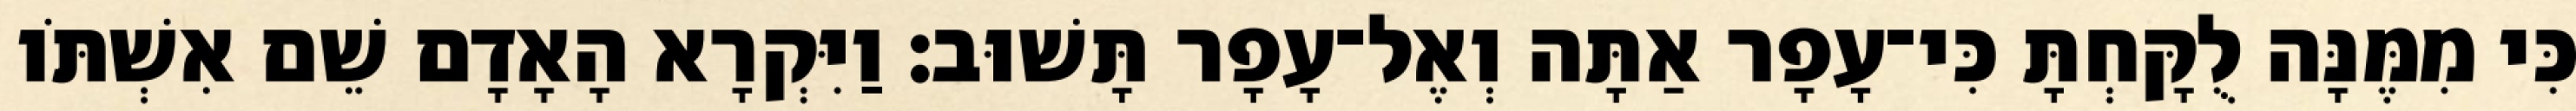
כִּי מִמֶּנָּה לֻקָּחְתָּ כִּי־עָפָר אַתָּה וְאֶל־עָפָר תָּשׁוּב׃ וַיִּקְרָא הָאָדָם שֵׁם אִשְׁתֹּו